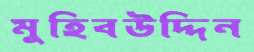
মুহিবউদ্দিন